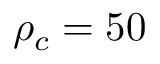
\rho _ { c } = 5 0